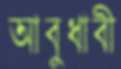
আবুধাবী